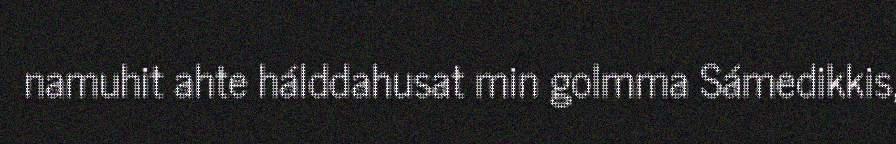
namuhit ahte hálddahusat min golmma Sámedikkis,